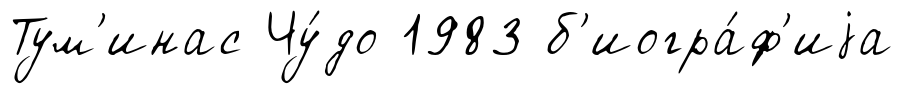
Тум'инас Чу́до 1983 б'иогра́ф'иjа